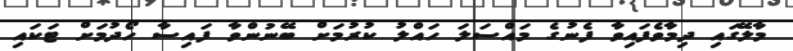
މާލޭގައި ދިމާވެފައިވާ ފެނުގެ މައްސަލަ ހައްލު ކުރުމަށް ބޭނުންވާ ފައިސާ ހޯދުމަށް ޓަކައި